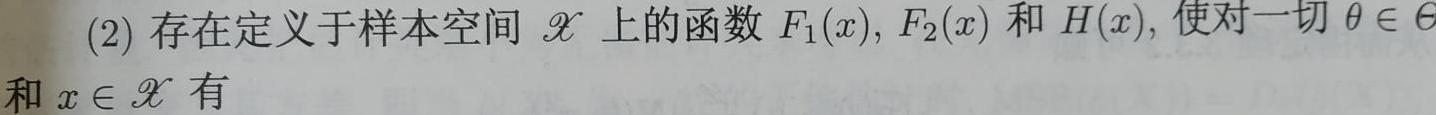
(2) 存在定义于样本空间 $\mathcal{X}$ 上的函数 $F_1(x), F_2(x)$ 和 $H(x)$, 使对一切 $\theta \in \Theta$ 和 $x \in \mathcal{X}$ 有